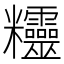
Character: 𥾂